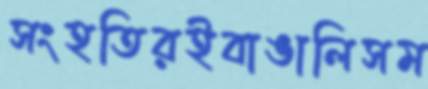
সংহতিরইবাঙালিসম